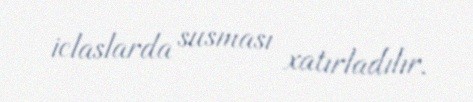
iclaslarda susması xatırladılır.